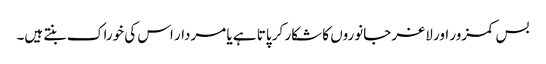
بس کمزور اور لاغر جانوروں کا شکار کر پاتا ہے یا مردار اس کی خوراک بنتے ہیں۔